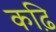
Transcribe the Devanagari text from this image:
कढ़ि